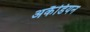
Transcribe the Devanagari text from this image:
अकैडियन